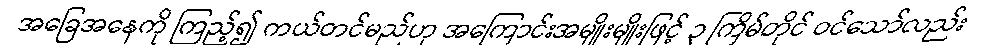
အခြေအနေကို ကြည့်၍ ကယ်တင်မည်ဟု အကြောင်းအမျိုးမျိုးဖြင့် ၃ ကြိမ်တိုင် ဝင်သော်လည်း